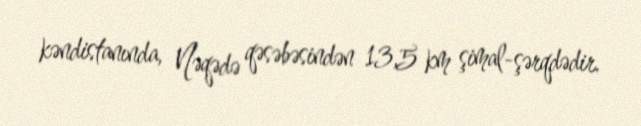
kəndistanında, Nəqədə qəsəbəsindən 13,5 km şimal-şərqdədir.